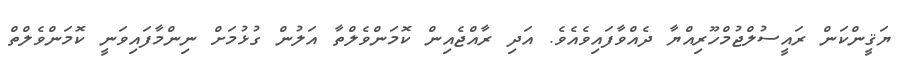
ޔަޤީންކަން ރައީސުލްޖުމްހޫރިއްޔާ ދެއްވާފައިވެއެވެ. އަދި ރާއްޖެއިން ކޮމަންވެލްތާ އަލުން ގުޅުމަށް ނިންމާފައިވަނީ ކޮމަންވެލްތް